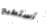
أستطيع